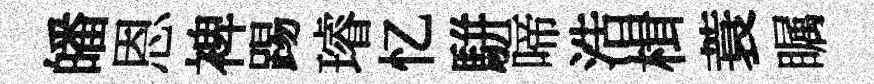
皤恩裨踢璿忆駢啼浩楫蓑瞩